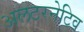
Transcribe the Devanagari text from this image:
अलटरनेटिव